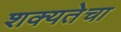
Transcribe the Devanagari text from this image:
शक्यतेचा